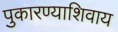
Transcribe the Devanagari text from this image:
पुकारण्याशिवाय